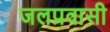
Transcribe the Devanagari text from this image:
जलप्रवासी